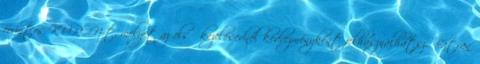
forintos KUPON-t, melyet az első kezelésednél kedvezményként felhasználhatsz. Bátran